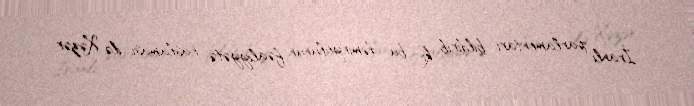
İranlı parlamentari bildirib ki, bu dəmiryolunun fəaliyyətə başlaması ilə Xəzər